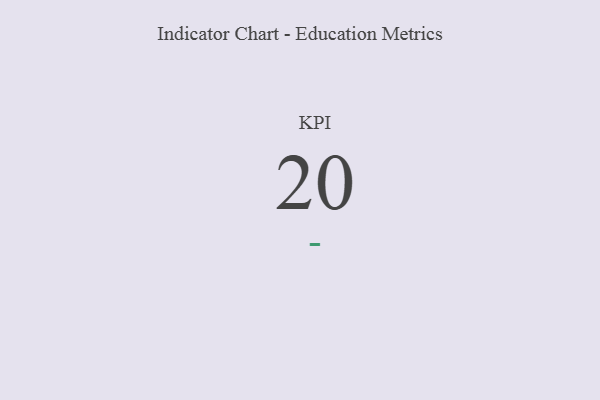
{"axis": {"x": "KPI", "y": "Value"}, "legend": [""], "data": [{"x": "KPI", "y": 20, "type": ""}]}